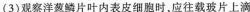
(3)观察洋葱鳞片叶内表皮细胞时，应往载玻片上滴